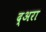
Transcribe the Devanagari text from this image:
द्अरा